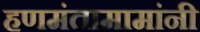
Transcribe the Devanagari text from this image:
हणमंतामामांनी